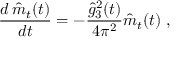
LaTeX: { \frac { d \, \hat { m } _ { t } ( t ) } { d t } } = - { \frac { \hat { g } _ { 3 } ^ { 2 } ( t ) } { 4 \pi ^ { 2 } } } \hat { m } _ { t } ( t ) ~ ,